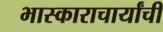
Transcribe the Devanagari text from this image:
भास्काराचार्यांची